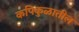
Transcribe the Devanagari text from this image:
कपिकुळातील